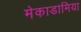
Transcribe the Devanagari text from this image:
मेकाडामिया